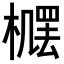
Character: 𪳴